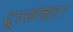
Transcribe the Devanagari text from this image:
दूरसंचार।